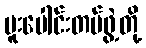
ပူးပေါင်းတပ်ဖွဲ့တို့